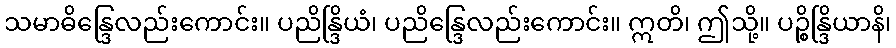
သမာဓိန္ဒြေလည်းကောင်း။ ပညိန္ဒြိယံ၊ ပညိန္ဒြေလည်းကောင်း။ ဣတိ၊ ဤသို့။ ပဉ္စိန္ဒြိယာနိ၊